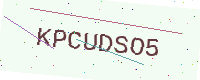
Text: KPCUDSO5